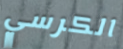
الكرسي